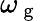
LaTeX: \omega_{\mathrm{~g~}}